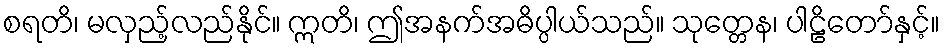
စရတိ၊ မလှည့်လည်နိုင်။ ဣတိ၊ ဤအနက်အဓိပ္ပါယ်သည်။ သုတ္တေန၊ ပါဠိတော်နှင့်။